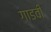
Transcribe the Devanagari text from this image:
गाडवी